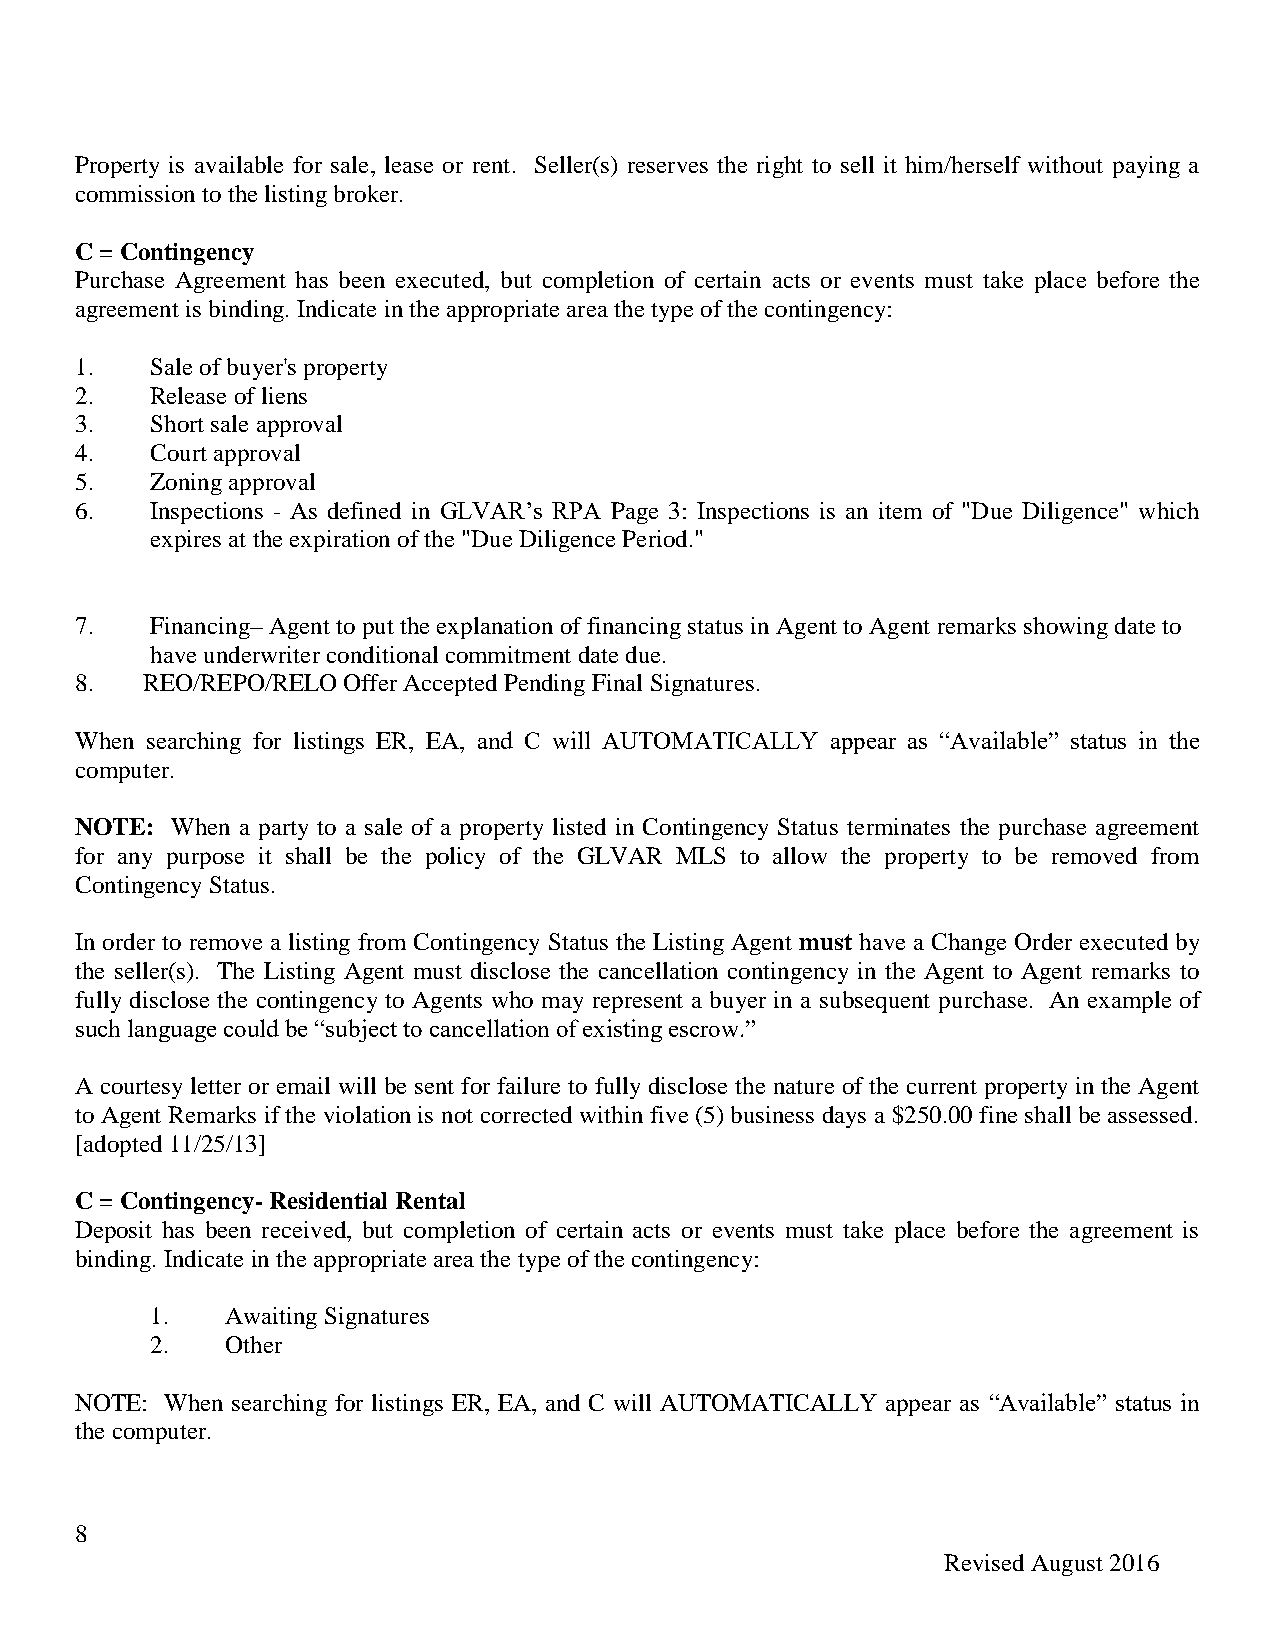
Property is available for sale, lease or rent. Seller(s) reserves the right to sell it him/herself without paying a
 commission to the listing broker.
 C = Contingency
 Purchase Agreement has been executed, but completion of certain acts or events must take place before the
 agreement is binding. Indicate in the appropriate area the type of the contingency:
 1.   Sale of buyer's property
 2.   Release of liens
 3.   Short sale approval
 4.   Court approval
 5.   Zoning approval
 6.   Inspections - As defined in GLVAR’s RPA Page 3: Inspections is an item of "Due Diligence" which
 expires at the expiration of the "Due Diligence Period."
 7.   Financing– Agent to put the explanation of financing status in Agent to Agent remarks showing date to
 have underwriter conditional commitment date due.
 8.   REO/REPO/RELO Offer Accepted Pending Final Signatures.
 When searching for listings ER, EA, and C will AUTOMATICALLY appear as “Available” status in the
 computer.
 NOTE: When a party to a sale of a property listed in Contingency Status terminates the purchase agreement
 for any purpose it shall be the policy of the GLVAR MLS to allow the property to be removed from
 Contingency Status.
 In order to remove a listing from Contingency Status the Listing Agent must have a Change Order executed by
 the seller(s). The Listing Agent must disclose the cancellation contingency in the Agent to Agent remarks to
 fully disclose the contingency to Agents who may represent a buyer in a subsequent purchase. An example of
 such language could be “subject to cancellation of existing escrow.”
 A courtesy letter or email will be sent for failure to fully disclose the nature of the current property in the Agent
 to Agent Remarks if the violation is not corrected within five (5) business days a $250.00 fine shall be assessed.
 [adopted 11/25/13]
 C = Contingency- Residential Rental
 Deposit has been received, but completion of certain acts or events must take place before the agreement is
 binding. Indicate in the appropriate area the type of the contingency:
 1.   Awaiting Signatures
 2.   Other
 NOTE: When searching for listings ER, EA, and C will AUTOMATICALLY appear as “Available” status in
 the computer.
 8
 Revised August 2016